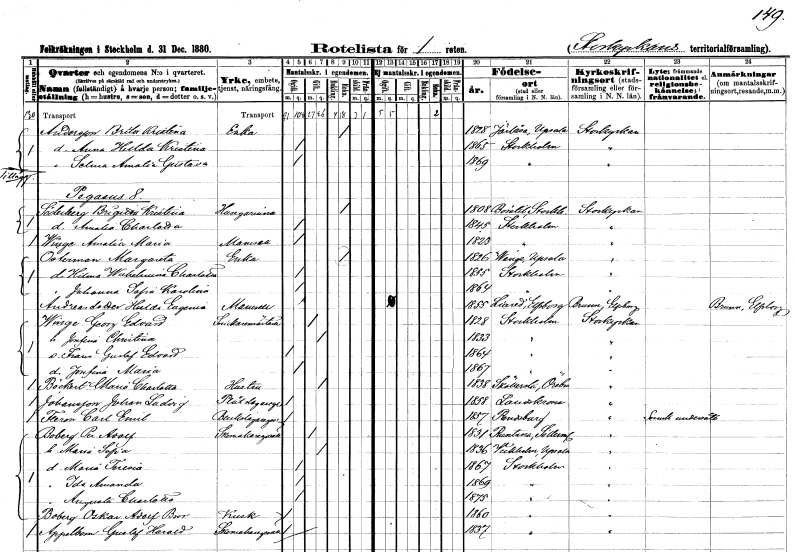
gt_parse: households: individuals: FN: Brita Kristina
EN: Andersson
YRKE: Änka
KON: K
CIV: E
FODAR: 1828
FODFORS: Järlåsa Uppsala län
FN: Anna Hulda Kristina
KON: K
CIV: O
FODAR: 1865
FODFORS: Stockholm
FN: Selma Amalia Gustava
KON: K
CIV: O
FODAR: 1869
FODFORS: Stockholm
FN: Brigitta Kristina
EN: Söderberg
YRKE: Husägarinna
KON: K
CIV: E
FODAR: 1808
FODFORS: Börstil Uppsala län
FN: Amalia Charlotta
KON: K
CIV: O
FODAR: 1845
FODFORS: Stockholm
FN: Amalia Maria
EN: Winge
KON: K
CIV: O
FODAR: 1823
FODFORS: Stockholm
FN: Margareta
EN: Österman
YRKE: Änka
KON: K
CIV: E
FODAR: 1826
FODFORS: Vänge Uppsala län
FN: Hilma Wilhelmina Charlotta
KON: K
CIV: O
FODAR: 1855
FODFORS: Stockholm
FN: Johanna Sofia Karolina
KON: K
CIV: O
FODAR: 1864
FODFORS: Stockholm
FN: Hulda Eugenia
EN: Andreasdotter
KON: K
CIV: O
FODAR: 1855
FODFORS: Liared Älvsborgs län
FN: Georg Edvard
EN: Winge
YRKE: Snickaremästare
KON: M
CIV: G
FODAR: 1828
FODFORS: Stockholm
FN: Josefina Christina
KON: K
CIV: G
FODAR: 1833
FODFORS: Stockholm
FN: Frans Gustaf Edvard
KON: M
CIV: O
FODAR: 1864
FODFORS: Stockholm
FN: Josefina Maria
KON: K
CIV: O
FODAR: 1867
FODFORS: Stockholm
FN: Maria Charlotta
EN: Böckert
YRKE: Hustru
KON: K
CIV: G
FODAR: 1838
FODFORS: Sköllersta Örebro län
FN: Johan Ludvig
EN: Johansson
YRKE: Plåtslagare
KON: M
CIV: O
FODAR: 1858
FODFORS: Landskrona Malmöhus län
FN: Carl Emil
EN: Ferm
YRKE: Bleckslagare
KON: M
CIV: O
FODAR: 1857
FN: Per Adolf
EN: Boberg
YRKE: Skomakaregesäll
KON: M
CIV: G
FODAR: 1831
FODFORS: Runtuna Södermanlands län
FN: Maria Sofia
KON: K
CIV: G
FODAR: 1836
FODFORS: Veckholm Uppsala län
FN: Maria Teresia
KON: K
CIV: O
FODAR: 1867
FODFORS: Stockholm
FN: Ida Amanda
KON: K
CIV: O
FODAR: 1869
FODFORS: Stockholm
FN: Augusta Charlotta
KON: K
CIV: O
FODAR: 1875
FODFORS: Stockholm
FN: Oskar Adolf Bror
EN: Boberg
YRKE: Kusk
KON: M
CIV: O
FODAR: 1860
FODFORS: Stockholm
FN: Gustaf Harald
EN: Appelblom
YRKE: Skomakaregesäll
KON: M
CIV: O
FODAR: 1837
FODFORS: Stockholm